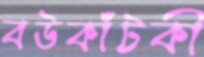
বউকাঁটকী